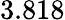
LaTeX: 3.818